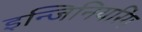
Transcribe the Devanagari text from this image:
इन्जिनियरिंग